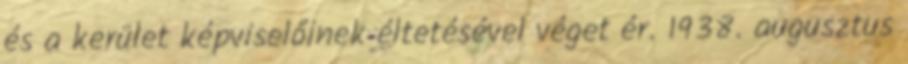
és a kerület képviselőinek éltetésével véget ér. 1938. augusztus